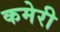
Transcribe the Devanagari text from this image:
कमेरी